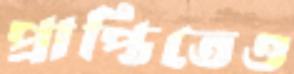
প্রাপ্তিতেও